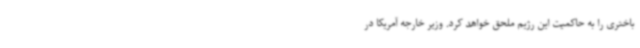
باختری را به حاکمیت این رژیم ملحق خواهد کرد. وزیر خارجه آمریکا در